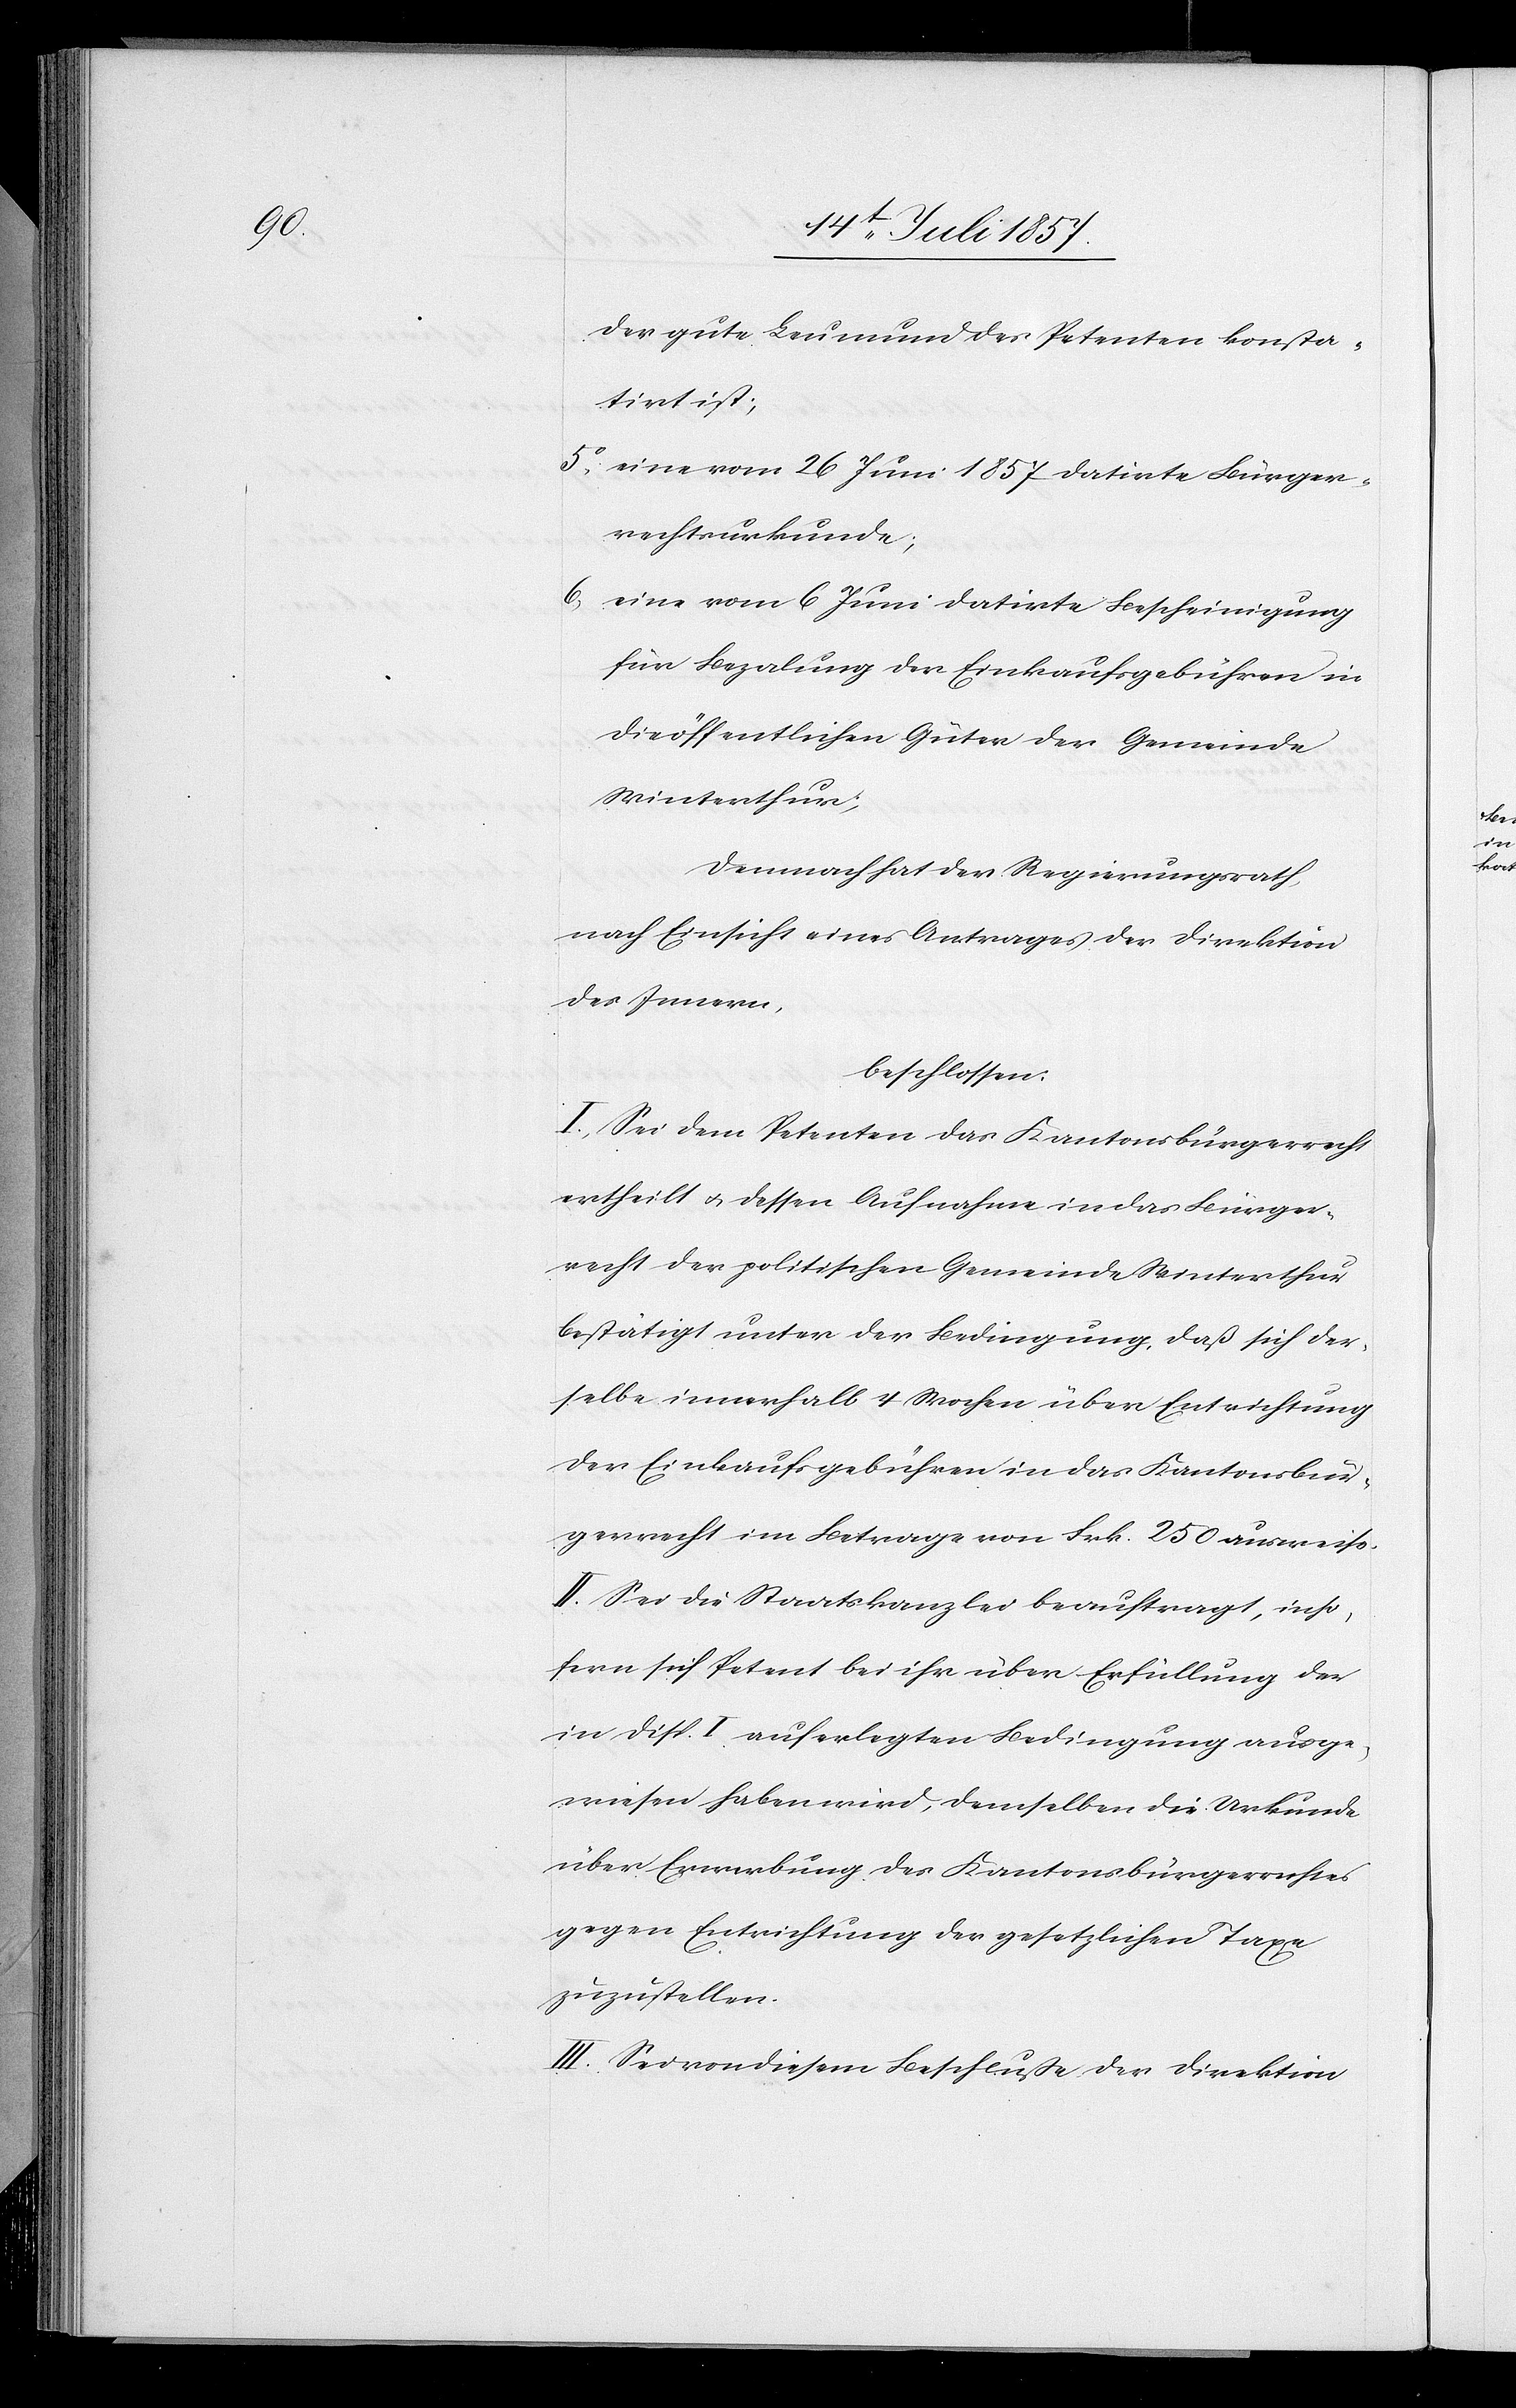
der gute Leumund des Petenten konsta¬
tirt ist;
5. eine vom 26 Juni 1857 datirte Bürger¬
rechtsurkunde;
6.
eine vom 6 Juni datirte Bescheinigung
für Bezalung der Einkaufsgebühren in
die öffentlichen Güter der Gemeinde
Winterthur,
Demnach hat der Regierungsrath,
nach Einsicht eines Antrages der Direktion
des Innern,
beschlossen:
I. Sei dem Petenten das Kantonsbürgerrecht
ertheilt & dessen Aufnahme in das Bürger¬
recht der politischen Gemeinde Winterthur
bestätigt unter der Bedingung, daß sich der¬
selbe innerhalb 4 Wochen über Entrichtung
der Einkaufsgebühren in das Kantonsbür¬
gerrecht im Betrage von Frk. 250 ausweise.
II. Sei die Staatskanzlei beauftragt, inso¬
fern sich Petent bei ihr über Erfüllung der
in Disp. I auferlegten Bedingung ausge¬
wiesen haben wird, demselben die Urkunde
über Erwerbung des Kantonsbürgerrechtes
gegen Entrichtung der gesetzlichen Taxe
zuzustellen.
III. Sei von diesem Beschlusse der Direktion